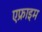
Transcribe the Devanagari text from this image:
एफ्राइम